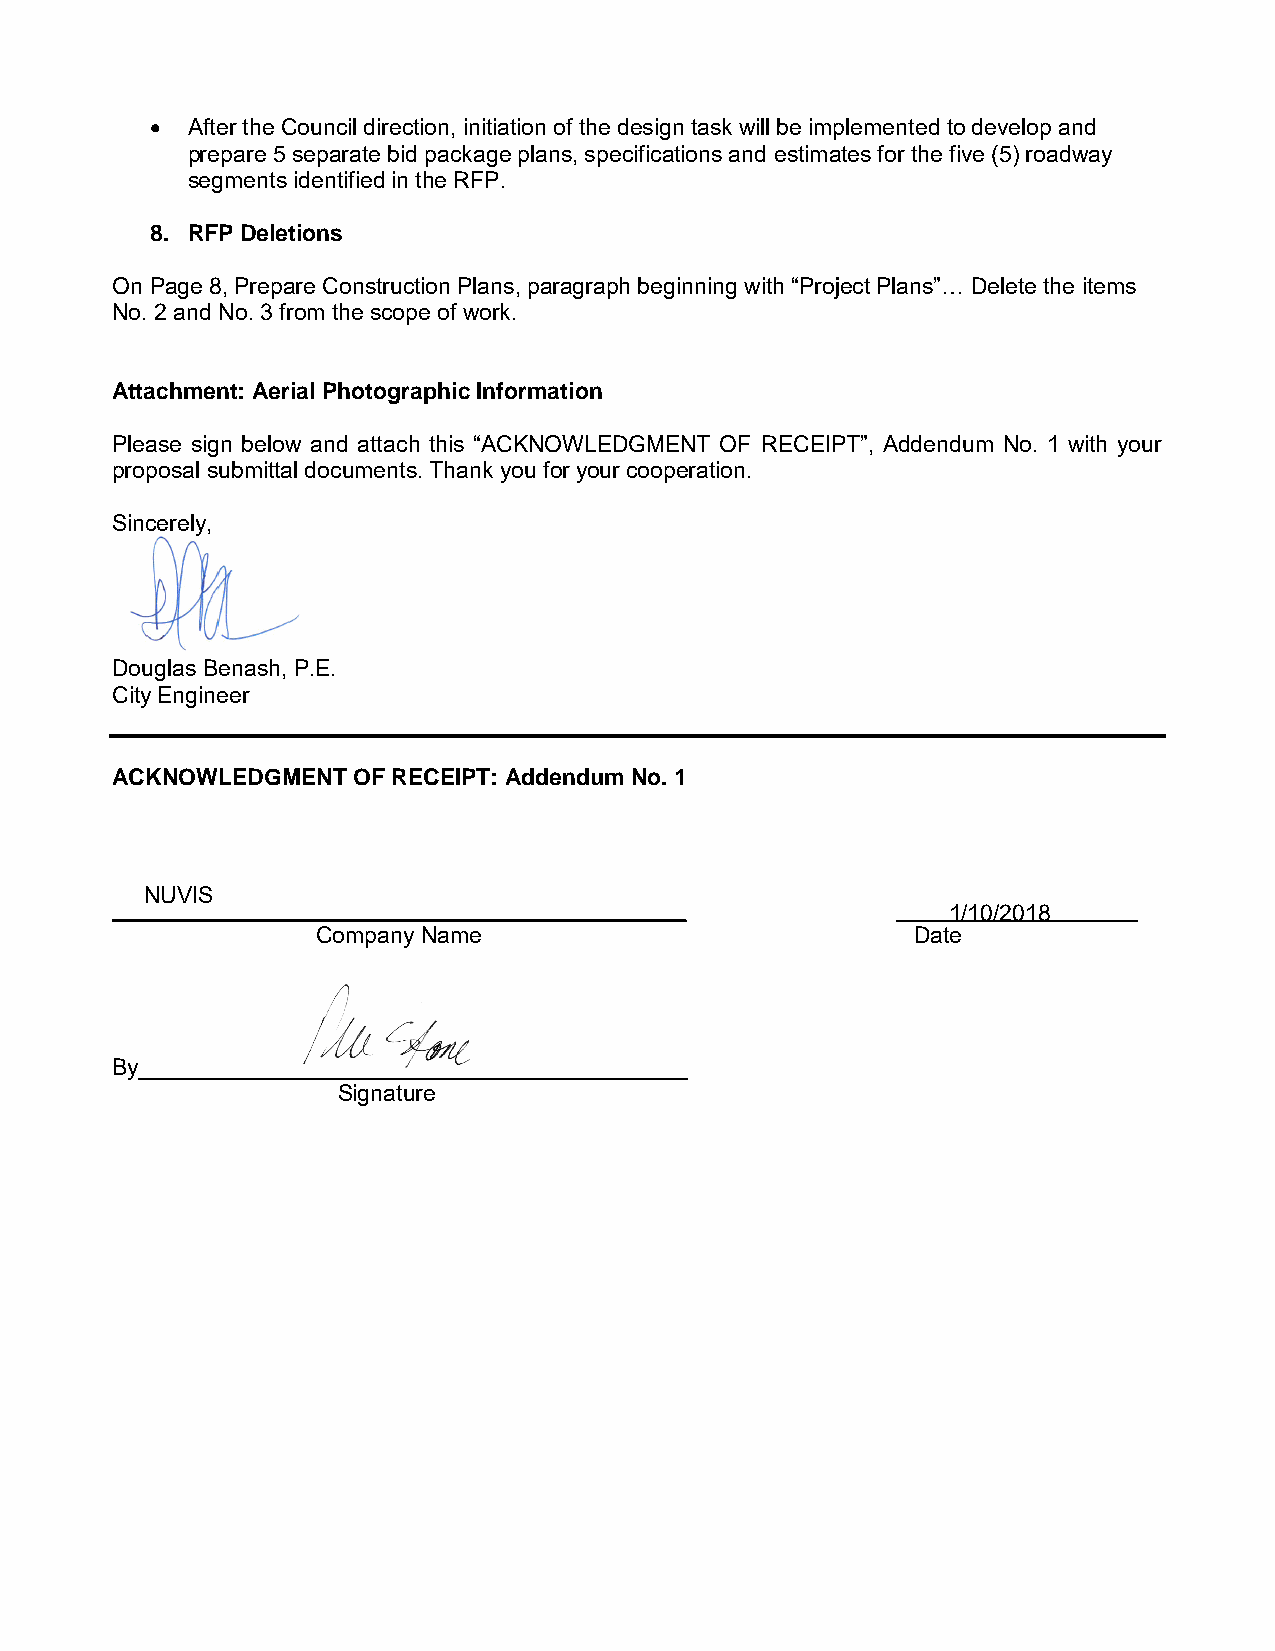
 After the Council direction, initiation of the design task will be implemented to develop and
 prepare 5 separate bid package plans, specifications and estimates for the five (5) roadway
 segments identified in the RFP.
 8. RFP Deletions
 On Page 8, Prepare Construction Plans, paragraph beginning with “Project Plans”… Delete the items
 No. 2 and No. 3 from the scope of work.
 Attachment: Aerial Photographic Information
 Please sign below and attach this “ACKNOWLEDGMENT OF RECEIPT”, Addendum No. 1 with your
 proposal submittal documents. Thank you for your cooperation.
 Sincerely,
 Douglas Benash, P.E.
 City Engineer
 ACKNOWLEDGMENT  OF RECEIPT: Addendum No. 1
 NUVIS
 _____________________________________________       ___________________
 1/10/2018
 Company Name                            Date
 By___________________________________________
 Signature